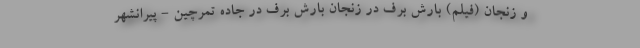
و زنجان (فیلم) بارش برف در زنجان بارش برف در جاده تمرچین - پیرانشهر